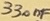
Text: 330nF